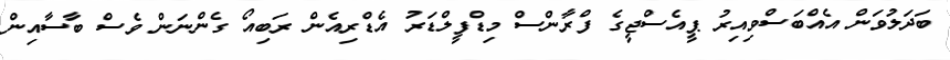
ބަދަލުވަން އެއްބަސްވިއިރު ޕީއެސްޖީގެ ފްރާންސް މިޑްފީލްޑަރު އެޑްރިއެން ރަބިއޯ ގެންނަން ވެސް ބާސާއިން